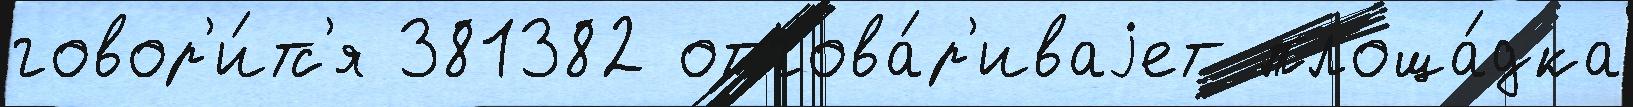
говор'и́тс'я 381382 отгова́р'иваjет площа́дка